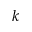
k